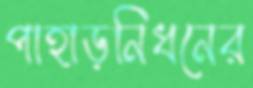
পাহাড়নিধনের